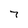
Character: 7